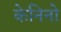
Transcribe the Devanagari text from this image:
केनिनो